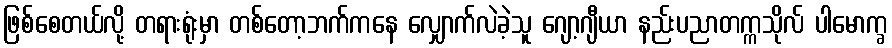
ဖြစ်စေတယ်လို့ တရားရုံးမှာ တစ်တော့ဘက်ကနေ လျှောက်လဲခဲ့သူ ဂျော့ဂျီယာ နည်းပညာတက္ကသိုလ် ပါမောက္ခ